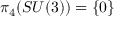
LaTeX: \pi _ { 4 } ( S U ( 3 ) ) = \{ 0 \}